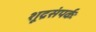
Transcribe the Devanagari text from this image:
शूद्रसंपर्कः